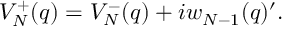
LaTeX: V _ { \cal N } ^ { + } ( q ) = V _ { \cal N } ^ { - } ( q ) + i w _ { { \cal N } - 1 } ( q ) ^ { \prime } .